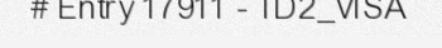
# Entry 17911 - TD2_VISA